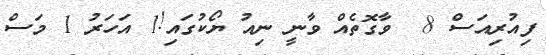
ފިއުރިއަސް 8  ވާގޮތެއް ވާނީ ނިއު ޔޯކުގައި!1 އަހަރު 1 މަސް